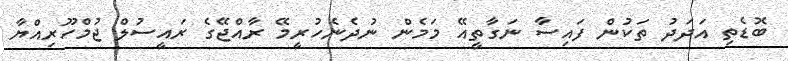
ބޮޑެތި އަދަދު ތަކުން ފައިސާ ނަގާތީއޭ މަމެން ނުދެނެހުރީމޭ ރާއްޖޭގެ ރައީސުލް ޖުމްހޫރިއްޔާ